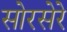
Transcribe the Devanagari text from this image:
सोरसेरे